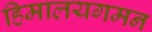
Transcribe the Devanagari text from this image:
हिमालयगमन